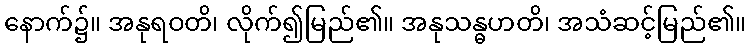
နောက်၌။ အနုရဝတိ၊ လိုက်၍မြည်၏။ အနုသန္ဓဟတိ၊ အသံဆင့်မြည်၏။